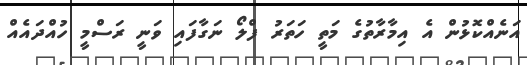
އަނެއްކޮޅުން އެ އިމާރާތުގެ މަތީ ހަތަރު ފްލޯ ނަގާފައި ވަނީ ރަސްމީ ހުއްދައެއް